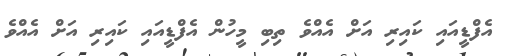
އެފްޑީއައި ކައިރި އަށް އެއްވެ ތިބި މީހުން އެފްޑީއައި ކައިރި އަށް އެއްވެ